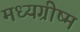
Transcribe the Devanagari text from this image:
मध्यग्रीष्म